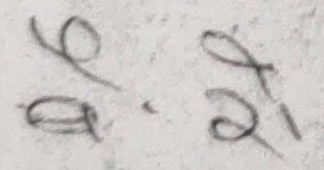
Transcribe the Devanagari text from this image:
य. री